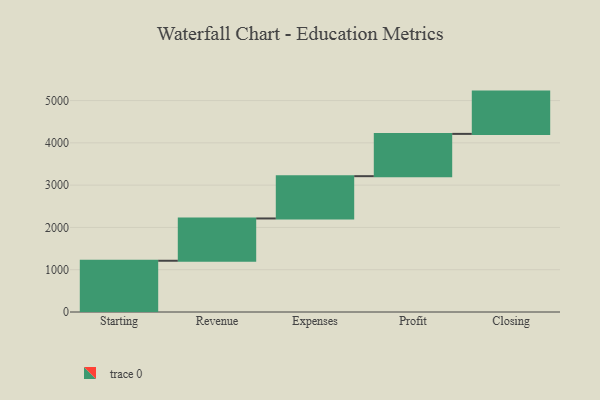
{"axis": {"x": "Step", "y": "Value"}, "legend": [""], "data": [{"x": "Starting", "y": 1212.0, "type": ""}, {"x": "Revenue", "y": 1000, "type": ""}, {"x": "Expenses", "y": 1000, "type": ""}, {"x": "Profit", "y": 1000, "type": ""}, {"x": "Closing", "y": 1000, "type": ""}]}